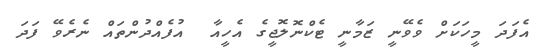
އެފަދަ މީހަކަށް ވެވޭނީ ޒަމާނީ ޓެކްނޮލޮޖީގެ އެހީއާ  އުފެއްދުންތައް ނެރެވޭ ފަދަ